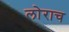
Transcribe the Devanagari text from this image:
लोराच